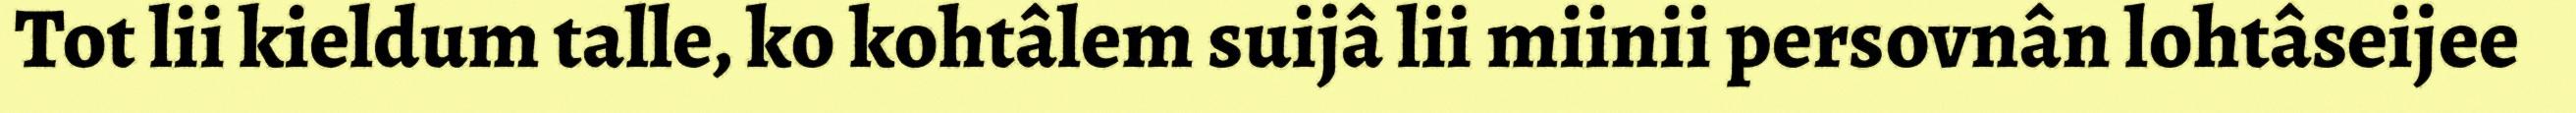
Tot lii kieldum talle, ko kohtâlem suijâ lii miinii persovnân lohtâseijee